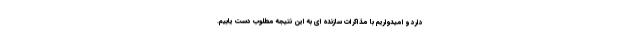
دارد و امیدواریم با مذاکرات سازنده ای به این نتیجه مطلوب دست یابیم.